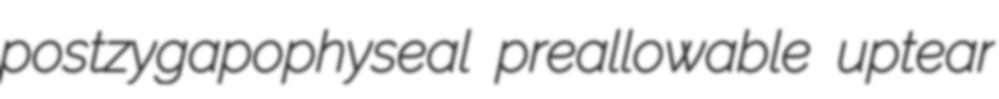
postzygapophyseal preallowable uptear